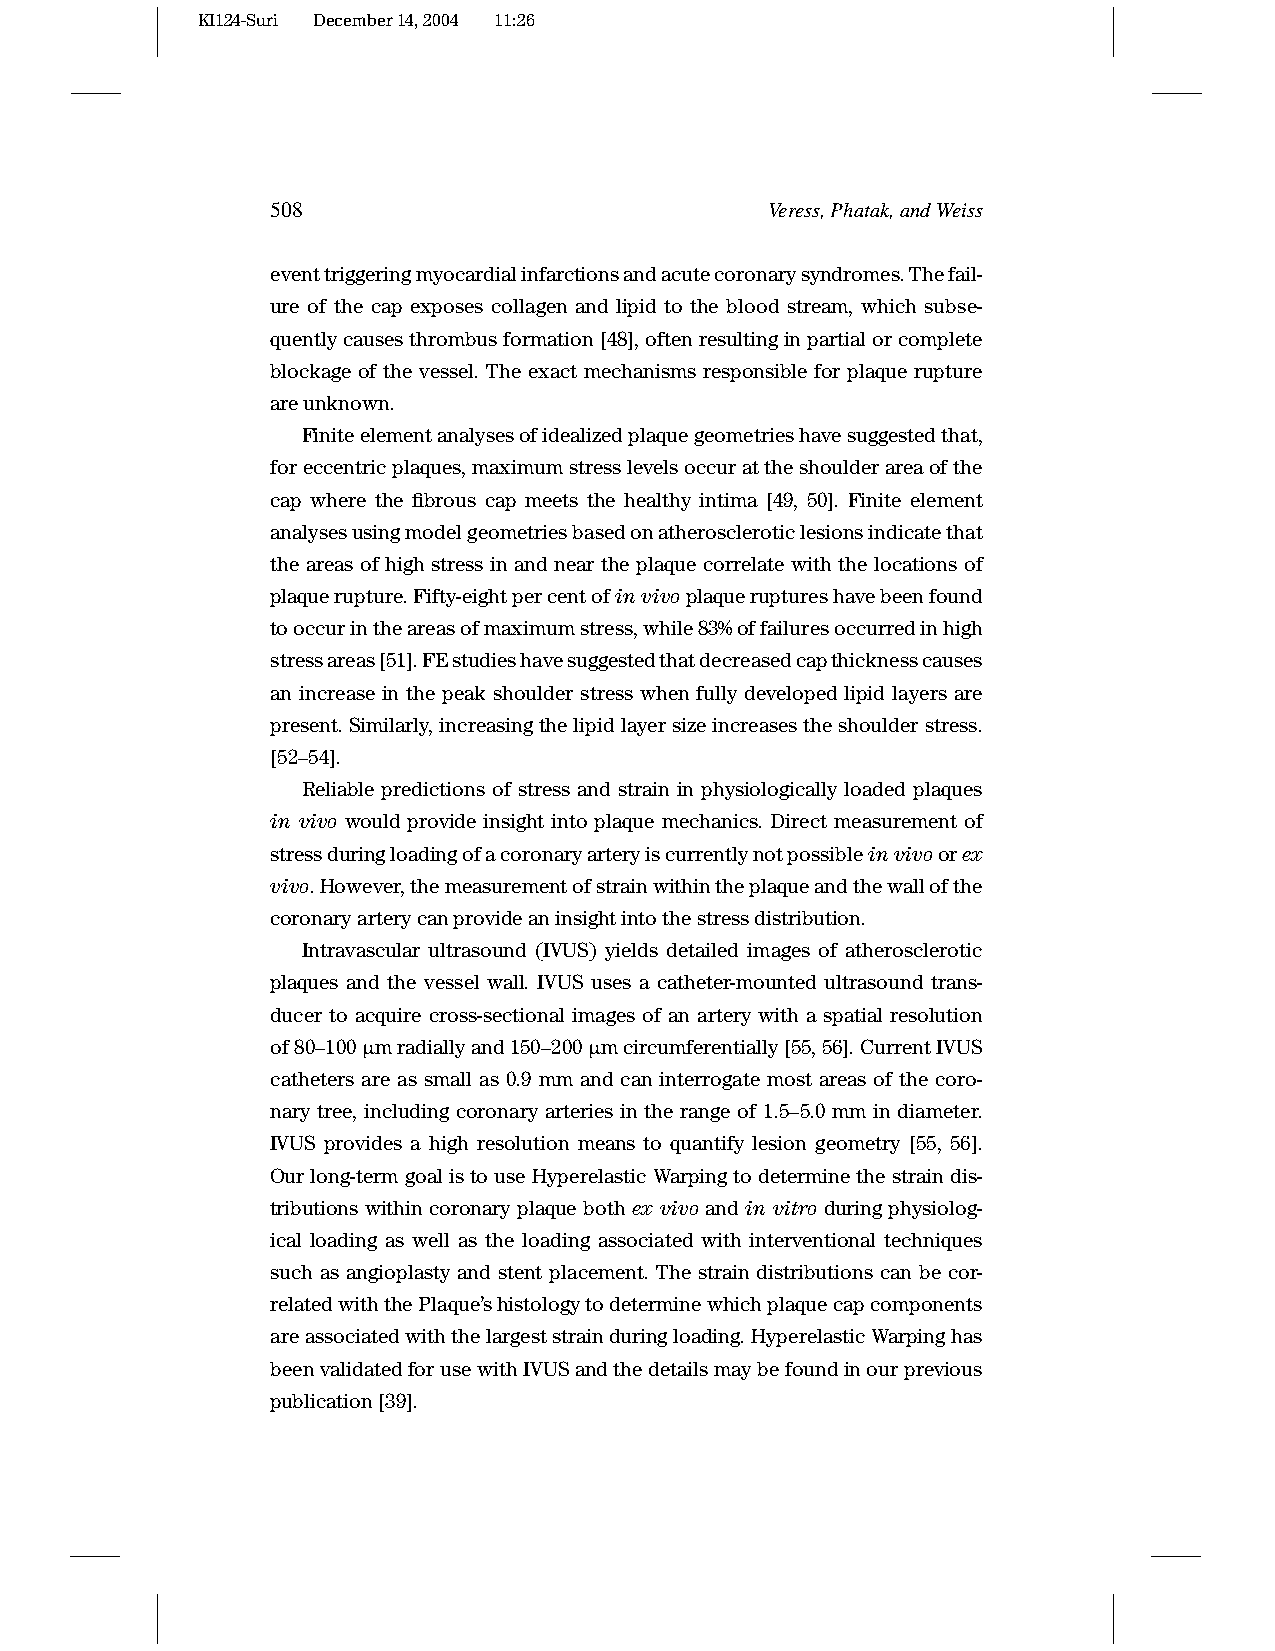
KI124-Suri December14,2004 11:26
 508                              Veress,Phatak,andWeiss
 eventtriggeringmyocardialinfarctionsandacutecoronarysyndromes.Thefail-
 ure of the cap exposes collagen and lipid to the blood stream, which subse-
 quentlycausesthrombusformation[48],oftenresultinginpartialorcomplete
 blockage of the vessel. The exact mechanisms responsible for plaque rupture
 areunknown.
 Finiteelementanalysesofidealizedplaquegeometrieshavesuggestedthat,
 foreccentricplaques,maximumstresslevelsoccurattheshoulderareaofthe
 cap where the fibrous cap meets the healthy intima [49, 50]. Finite element
 analysesusingmodelgeometriesbasedonatheroscleroticlesionsindicatethat
 the areas of high stress in and near the plaque correlate with the locations of
 plaquerupture.Fifty-eightpercentofinvivoplaqueruptureshavebeenfound
 tooccurintheareasofmaximumstress,while83%offailuresoccurredinhigh
 stressareas[51].FEstudieshavesuggestedthatdecreasedcapthicknesscauses
 an increase in the peak shoulder stress when fully developed lipid layers are
 present.Similarly,increasingthelipidlayersizeincreasestheshoulderstress.
 [52–54].
 Reliable predictions of stress and strain in physiologically loaded plaques
 in vivo would provide insight into plaque mechanics. Direct measurement of
 stressduringloadingofacoronaryarteryiscurrentlynotpossibleinvivoorex
 vivo.However,themeasurementofstrainwithintheplaqueandthewallofthe
 coronaryarterycanprovideaninsightintothestressdistribution.
 Intravascular ultrasound (IVUS) yields detailed images of atherosclerotic
 plaques and the vessel wall. IVUS uses a catheter-mounted ultrasound trans-
 ducer to acquire cross-sectional images of an artery with a spatial resolution
 of80–100µmradiallyand150–200µmcircumferentially[55,56].CurrentIVUS
 catheters are as small as 0.9 mm and can interrogate most areas of the coro-
 nary tree, including coronary arteries in the range of 1.5–5.0 mm in diameter.
 IVUS provides a high resolution means to quantify lesion geometry [55, 56].
 Ourlong-termgoalistouseHyperelasticWarpingtodeterminethestraindis-
 tributions within coronary plaque both ex vivo and in vitro during physiolog-
 ical loading as well as the loading associated with interventional techniques
 such as angioplasty and stent placement. The strain distributions can be cor-
 relatedwiththePlaque’shistologytodeterminewhichplaquecapcomponents
 areassociatedwiththelargeststrainduringloading.HyperelasticWarpinghas
 beenvalidatedforusewithIVUSandthedetailsmaybefoundinourprevious
 publication[39].